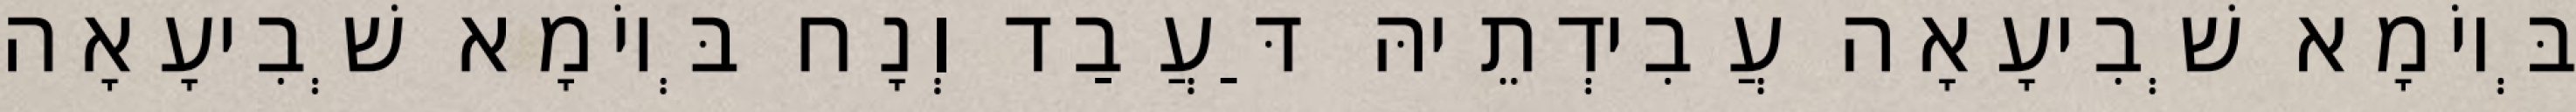
בְּיוֹמָא שְׁבִיעָאָה עֲבִידְתֵיהּ דַּעֲבַד וְנָח בְּיוֹמָא שְׁבִיעָאָה